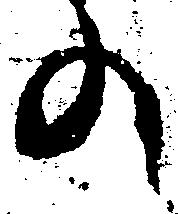
の